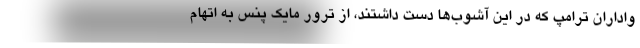
واداران ترامپ که در این آشوب‌ها دست داشتند، از ترور مایک پنس به اتهام